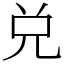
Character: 兑